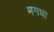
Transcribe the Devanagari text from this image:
मगधा